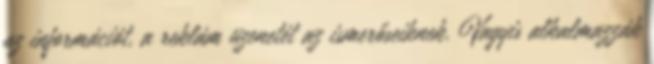
az információt, a reklám üzenetét az ismerőseiknek. Vagyis alkalmazzák